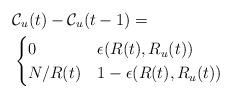
LaTeX: \begin{align*}&\mathcal{C}_u(t) - \mathcal{C}_u(t-1) = \\& \begin{cases}0 & \epsilon(R(t),R_u(t)) \\N/R(t) & 1-\epsilon(R(t),R_u(t))\end{cases}\end{align*}